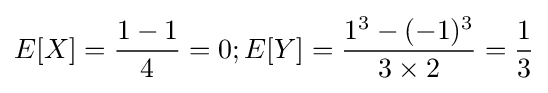
E[X]={{1-1} \over 4}=0;E[Y]={{1^{3}-(-1)^{3}} \over {3\times 2}}={1 \over 3}